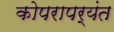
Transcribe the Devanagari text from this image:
कोपरापर्यंत